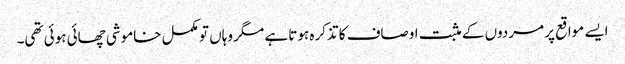
ایسے مواقع پر مردوں کے مثبت اوصاف کا تذکرہ ہوتا ہے مگر وہاں تو مکمل خاموشی چھائی ہوئی تھی۔